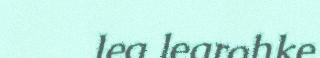
lea learohke